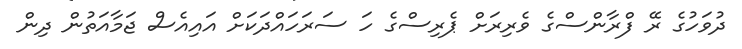
ދުވަހުގެ ރޭ ފްރާންސްގެ ވެރިރަށް ޕެރިސްގެ ހަ ސަރަހައްދަކަށް އައިއެސް ޖަމާއަތުން ދިން